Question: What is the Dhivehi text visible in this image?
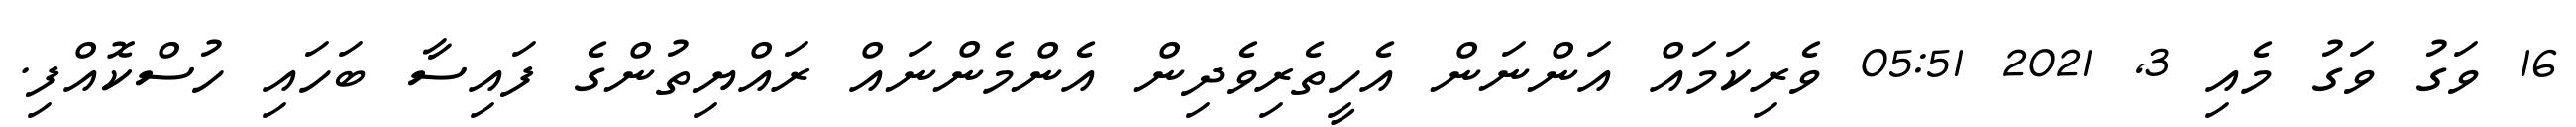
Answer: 16 ވަގު ވަގު މެއި 3, 2021 05:51 ވެރިކަމައް އަންނަން އެހީތެރިވެދިން އެންމެންނައް ރައްޔިތުންގެ ފައިސާ ބަހައި ހުސްކޮއްފި.